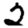
Digit: 2